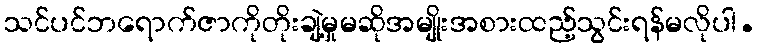
သင်ပင်ဘရောက်ဇာကိုတိုးချဲ့မှုမဆိုအမျိုးအစားထည့်သွင်းရန်မလိုပါ.